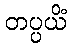
တပ္ပယိံ